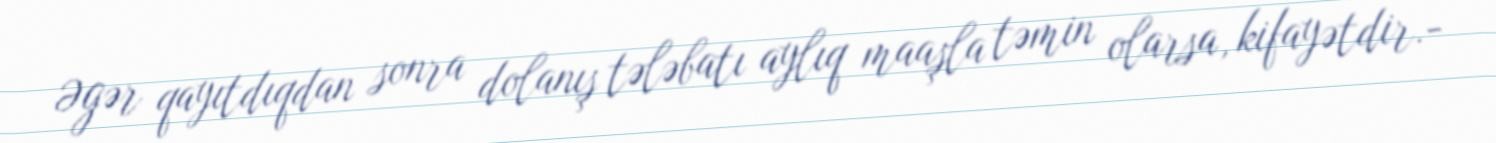
Əgər qayıtdıqdan sonra dolanış tələbatı aylıq maaşla təmin olarsa, kifayətdir.-